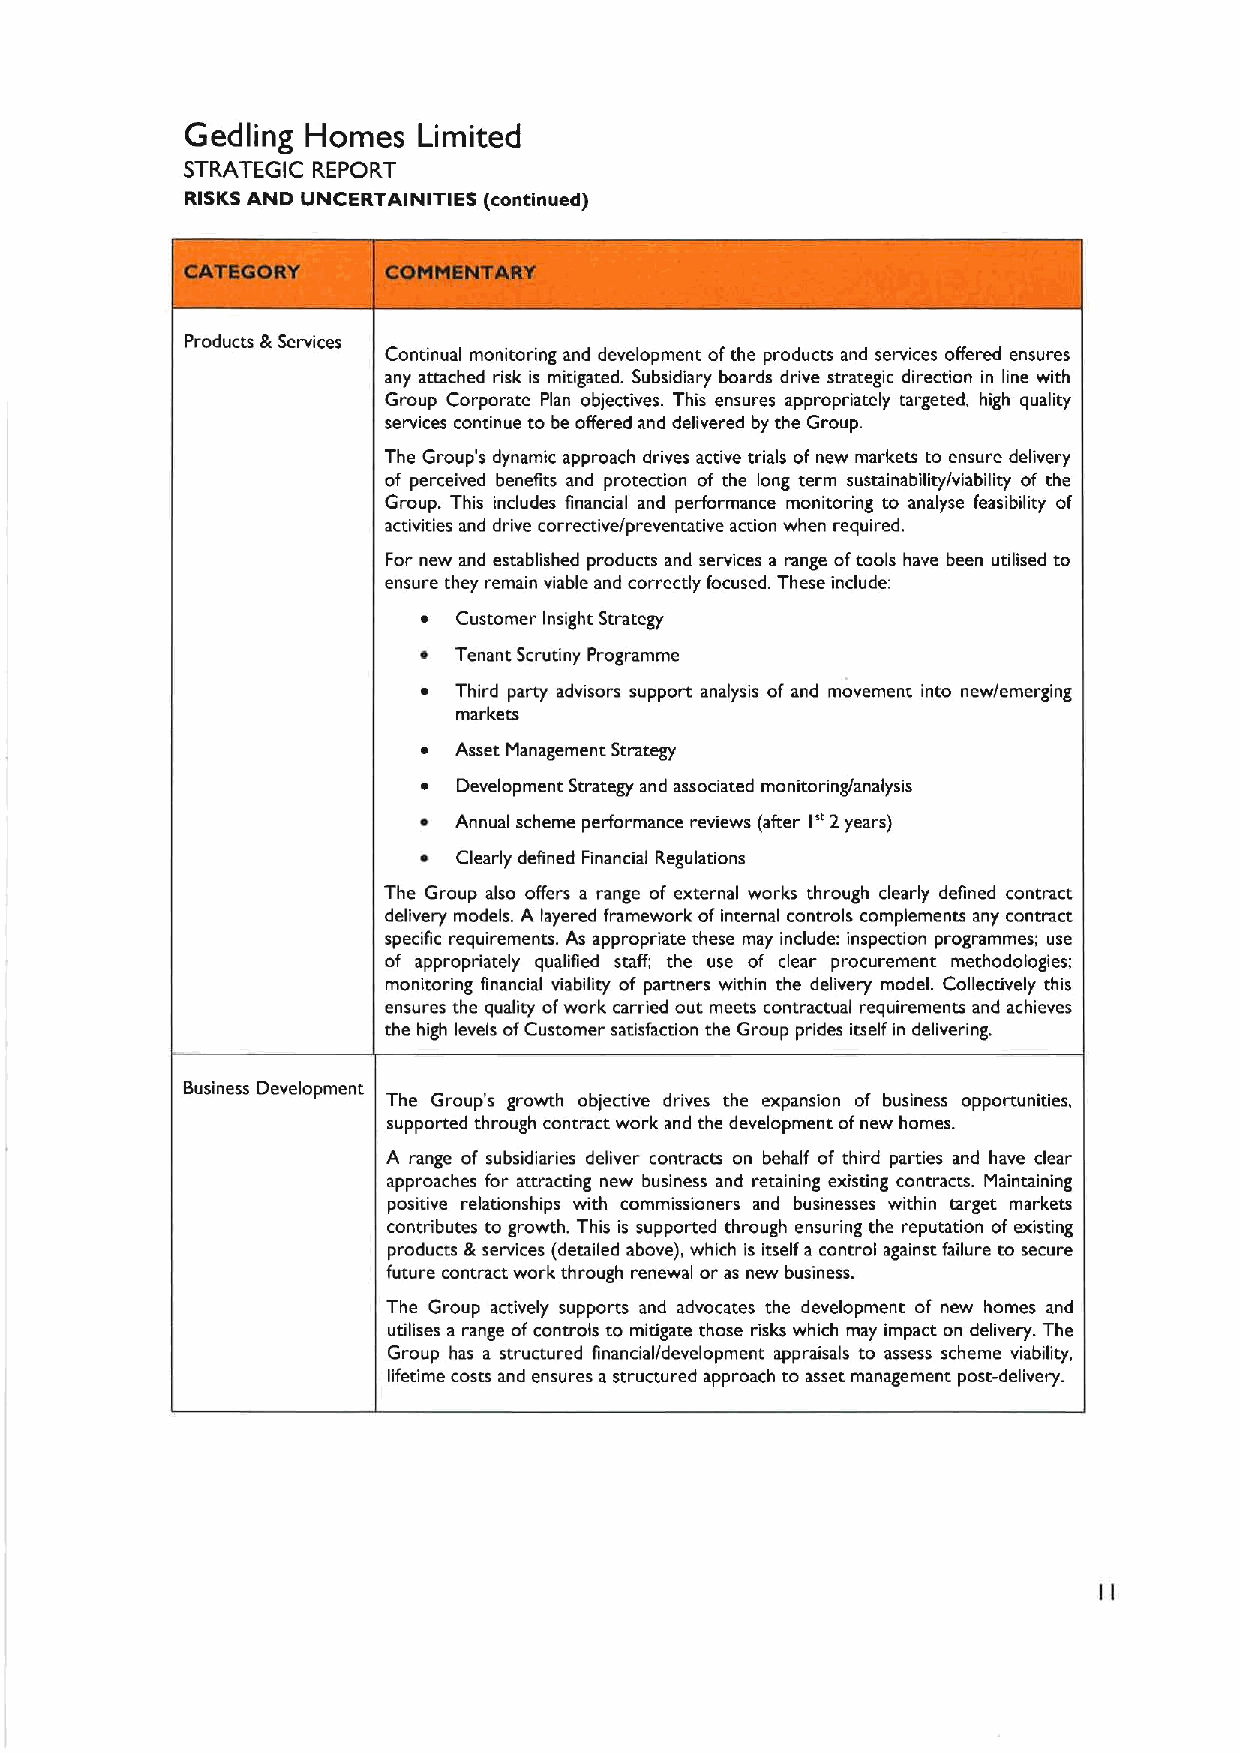
Gedling Homes   Limited
 STRATEGIC REPORT
 RISKSAND UNCERTAINITIES (continued)
 Products &Services
 Continual monitoring and development ofthe products and services offered ensures
 any attached risk is mitigated. Subsidiary boards drive strategic direction in line with
 Group Corporate Plan objectives. This ensures appropriately targeted, high quality
 services continue to be offered and delivered by the Group.
 The Group's dynamic approach drives active trials of new markets to ensure delivery
 of perceived benefits and protection of the long term sustainability/viability of the
 Group. This includes financial and performance monitoring to analyse feasibility of
 activities and drive corrective/preventative action when required.
 For new and established products and services a range oftools have been utilised to
 ensure they remain viable and correctly focused. These include:
 ~ Customer Insight Strategy
 ~ Tenant Scrutiny Programme
 ~ Third party advisors support analysis of and movement into new/emerging
 markets
 ~ Asset Management Strategy
 ~ Development Strategy and associated monitoring/analysis
 ~ Annual scheme performance reviews (after I*'2years)
 ~ Clearly defined Financial Regulations
 The Group also offers a range of external works through clearly defined contract
 delivery models. A layered framework ofinternal controls complements any contract
 specific requirements. As appropriate these may include: inspection programmes; use
 of appropriately qualified staff; the use of clear procurement methodologies;
 monitoring financial viability of partners within the delivery model. Collectively this
 ensures the quality ofwork carried out meets contractual requirements and achieves
 the high levels ofCustomer satisfaction the Group prides itself in delivering.
 Business Development
 The Group's growth objective drives the expansion of business opportunities,
 supported through contract work and the development ofnew homes.
 A range of subsidiaries deliver contracts on behalf of third parties and have clear
 approaches for attracting new business and retaining existing contracts. Maintaining
 positive relationships with commissioners and businesses within target markets
 contributes to growth. This is supported through ensuring the reputation of existing
 products &services (detailed above), which is itself a control against failure to secure
 future contract work through renewal or as new business.
 The Group actively supports and advocates the development of new homes and
 utilises a range ofcontrols to mitigate those risks which may impact on delivery. The
 Group has a structured financial/development appraisals to assess scheme viability,
 lifetime costs and ensures a structured approach to asset management post-delivery.